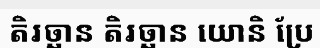
តិរច្ឆាន តិរច្ឆាន យោនិ ប្រែ